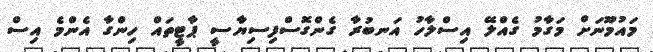
މައުމޫނަށް މަގާމު ގެއްލޭ އިސްލާހު އަނބުރާ ގެންގޮސްފިސިޔާސީ ޕާޓީތައް ހިންގާ އެންމެ އިސް